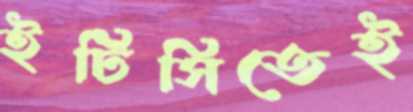
ইটিসিতেই